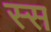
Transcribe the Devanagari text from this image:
स्स